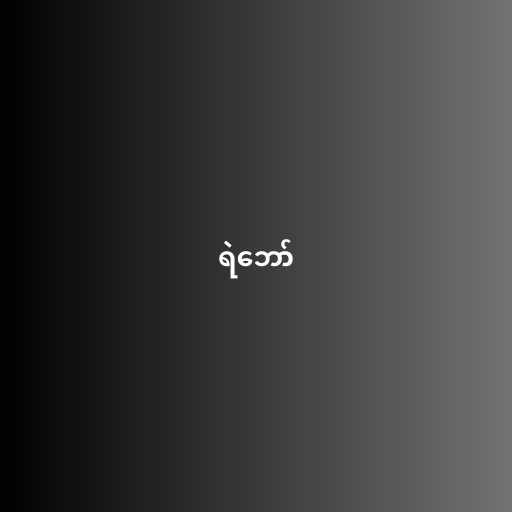
ရဲဘော်